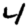
Digit: 4